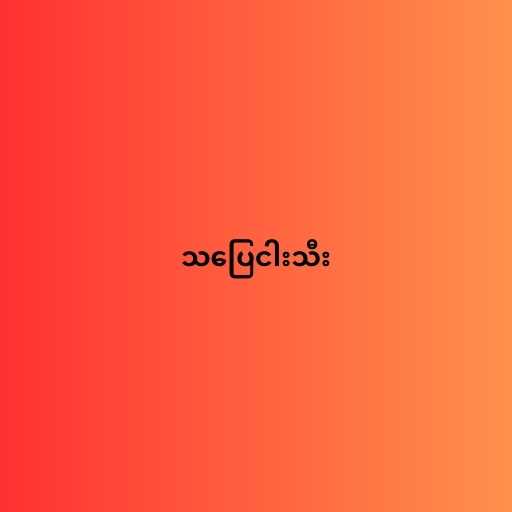
သပြေငါးသီး